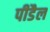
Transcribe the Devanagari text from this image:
पीडैल